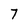
Character: 7